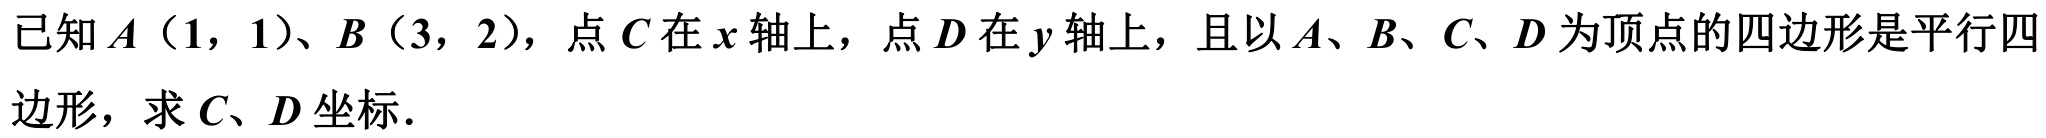
已知\(A(1,1)\)、\(B(3,2)\)，点\(C\)在\(x\)轴上，点\(D\)在\(y\)轴上，且以\(A、B、C、D\)为顶点的四边形是平行四边形，求\(C、D\)坐标．